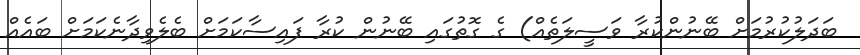
ބަދަލުކުރުމަށް ބޭނުންކުރާ ވަސީލަތެއް) ގެ ގޮތުގައި ބޭނުން ކުރާ ފައިސާކަމަށް ބެލެވިދާނެކަމަށް ބައެއް